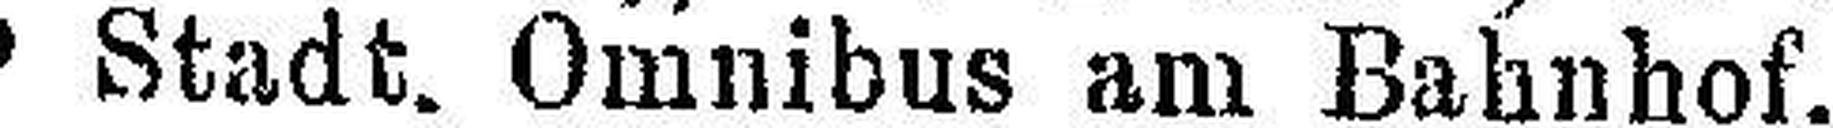
Stadt. Omnibus am Bahnhof. 6609